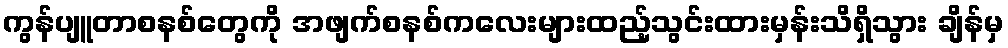
ကွန်ပျူတာစနစ်တွေကို အဖျက်စနစ်ကလေးများထည့်သွင်းထားမှန်းသိရှိသွား ချိန်မှ